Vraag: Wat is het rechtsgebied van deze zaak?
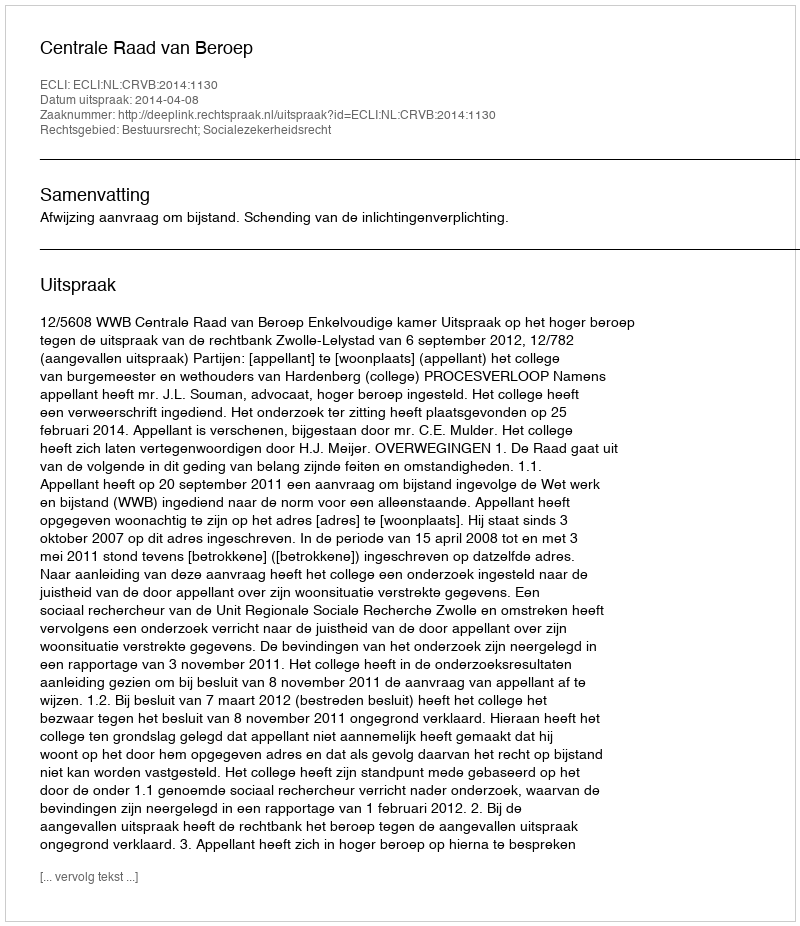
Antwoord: Bestuursrecht; Socialezekerheidsrecht